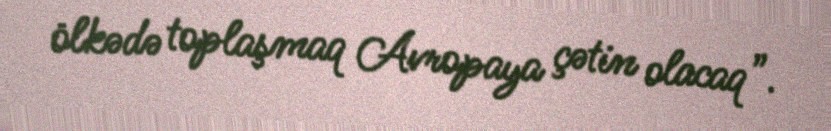
ölkədə toplaşmaq Avropaya çətin olacaq”.